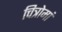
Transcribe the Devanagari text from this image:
चित्रोमां